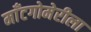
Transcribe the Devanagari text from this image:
माँटगोमेरीला